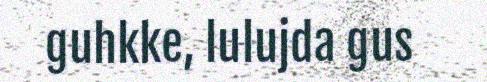
guhkke, lulujda gus